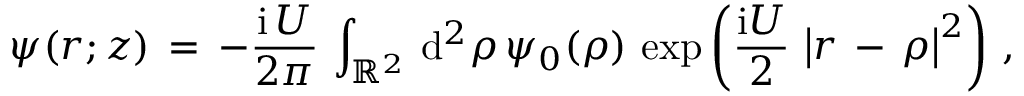
\begin{array} { l } { \displaystyle \psi ( \boldsymbol { r } ; z ) \, = \, - \frac { \mathrm { i } \, U } { 2 \pi } \, \int _ { \mathbb { R } ^ { 2 } } \, \mathrm { d } ^ { 2 } \rho \, \psi _ { 0 } ( \boldsymbol { \rho } ) \, \exp \left( \frac { \mathrm { i } U } 2 \, \left| \boldsymbol { r } \, - \, \boldsymbol { \rho } \right| ^ { 2 } \right) \, , } \end{array}